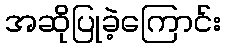
အဆိုပြုခဲ့ကြောင်း